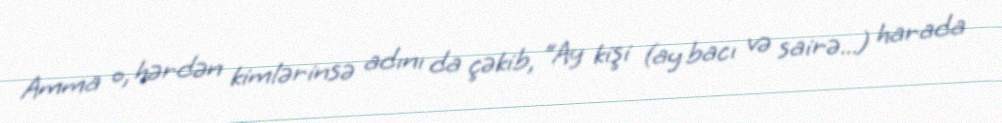
Amma o, hərdən kimlərinsə adını da çəkib, “Ay kişi (ay bacı və sairə...) harada